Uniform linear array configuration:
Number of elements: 16
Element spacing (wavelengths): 0.75
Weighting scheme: uniform
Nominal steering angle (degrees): -30
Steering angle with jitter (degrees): -29.572
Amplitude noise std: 0.05
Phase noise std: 0.05

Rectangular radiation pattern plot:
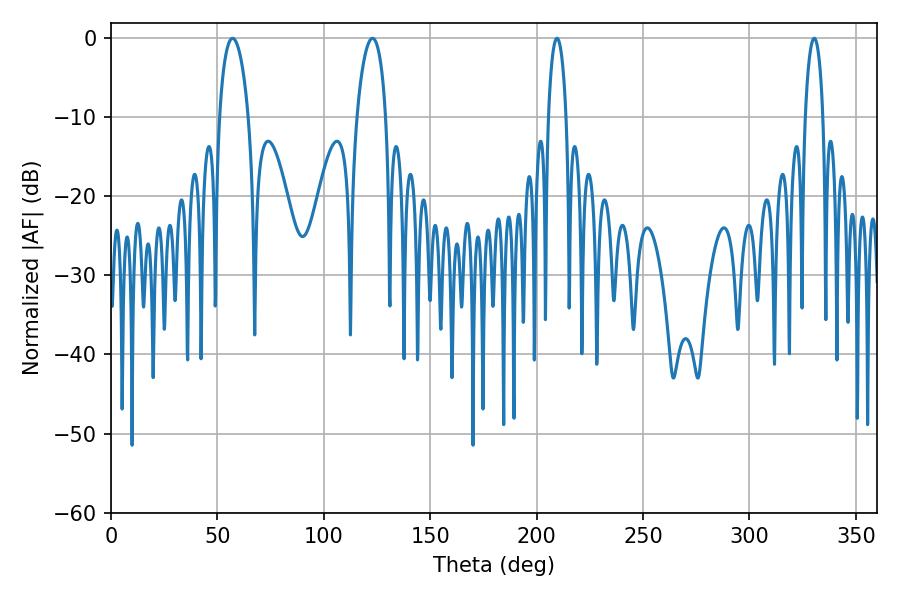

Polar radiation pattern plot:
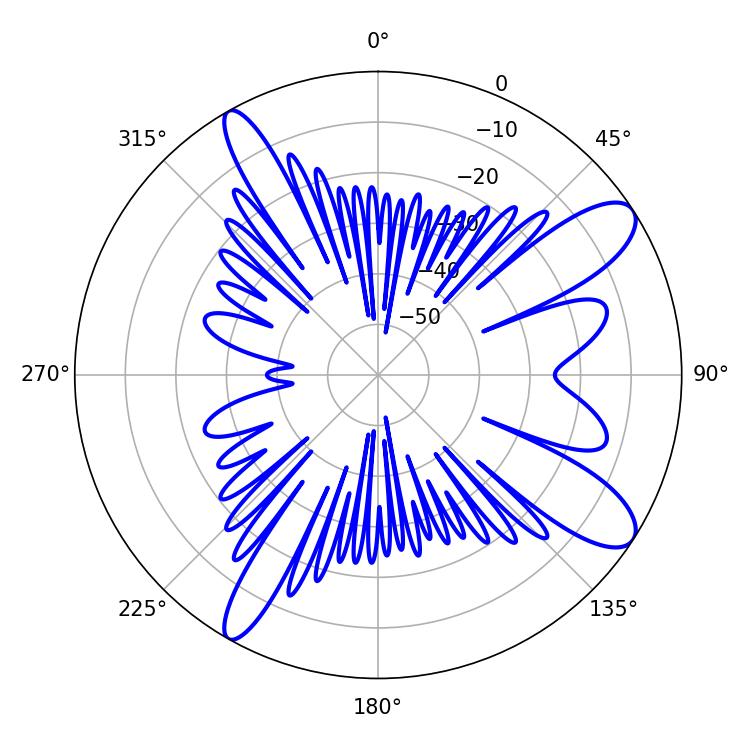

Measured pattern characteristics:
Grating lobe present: TRUE
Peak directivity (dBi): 10.814
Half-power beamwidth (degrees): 7.74
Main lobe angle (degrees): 57.06